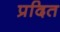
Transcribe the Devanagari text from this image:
प्रदित